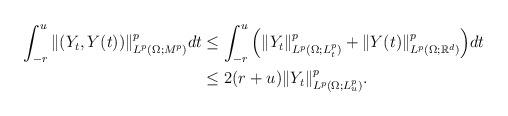
LaTeX: \begin{align*}\int_{-r}^u\| (Y_t, Y(t))\|^p_{L^p(\Omega;M^p)} dt &\leq \int_{-r}^u \Big( \| Y_t\|^p_{L^p (\Omega;L^p_t)}+\| Y(t)\|^p_{L^p(\Omega; \mathbb{R}^d)}\Big)dt\\&\leq 2(r+u)\| Y_t\|^p_{L^p(\Omega; L^p_u)}.\end{align*}